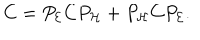
LaTeX: C = P _ { \cal E } C P _ { \cal H } + P _ { \cal H } C P _ { \cal E } .